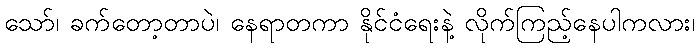
သော်၊ ခက်တော့တာပဲ၊ နေရာတကာ နိုင်ငံရေးနဲ့ လိုက်ကြည့်နေပါကလား၊